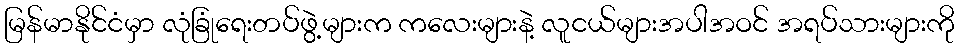
မြန်မာနိုင်ငံမှာ လုံခြုံရေးတပ်ဖွဲ့များက ကလေးများနဲ့ လူငယ်များအပါအဝင် အရပ်သားများကို